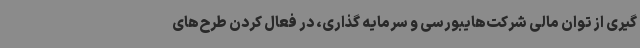
گیری از توان مالی شرکت‌هایبورسی و سرمایه گذاری، در فعال کردن طرح‌های